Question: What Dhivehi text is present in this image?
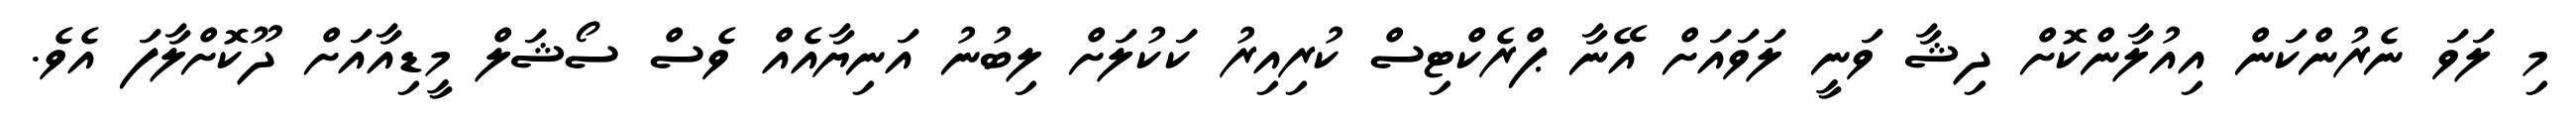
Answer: މި ލަވަ ނެރުންކަން އިއުލާންކޮށް ދިޝާ ވަނީ ލަވައަށް އޭނާ ޕްރެކްޓިސް ކުރިއިރު ކަކުލަށް ލިބުނު އަނިޔާއެއް ވެސް ސޯޝަލް މީޑިއާއަށް ދޫކޮށްލާފަ އެވެ.